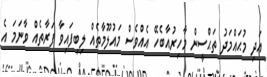
އަދި މުޙައްމަދު ތަޙްސީން މާހިރުއާބެހޭ އެއްވެސް މައުލޫމާތެއް ލިބިފައިވާ ފަރާތެއް ވާނަމަ އެ